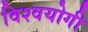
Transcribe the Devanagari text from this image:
विश्वयोगी